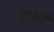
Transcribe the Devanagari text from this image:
सखये